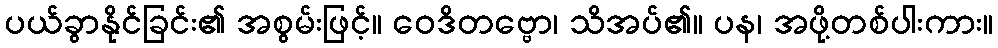
ပယ်ခွာနိုင်ခြင်း၏ အစွမ်းဖြင့်။ ဝေဒိတဗ္ဗော၊ သိအပ်၏။ ပန၊ အဖို့တစ်ပါးကား။